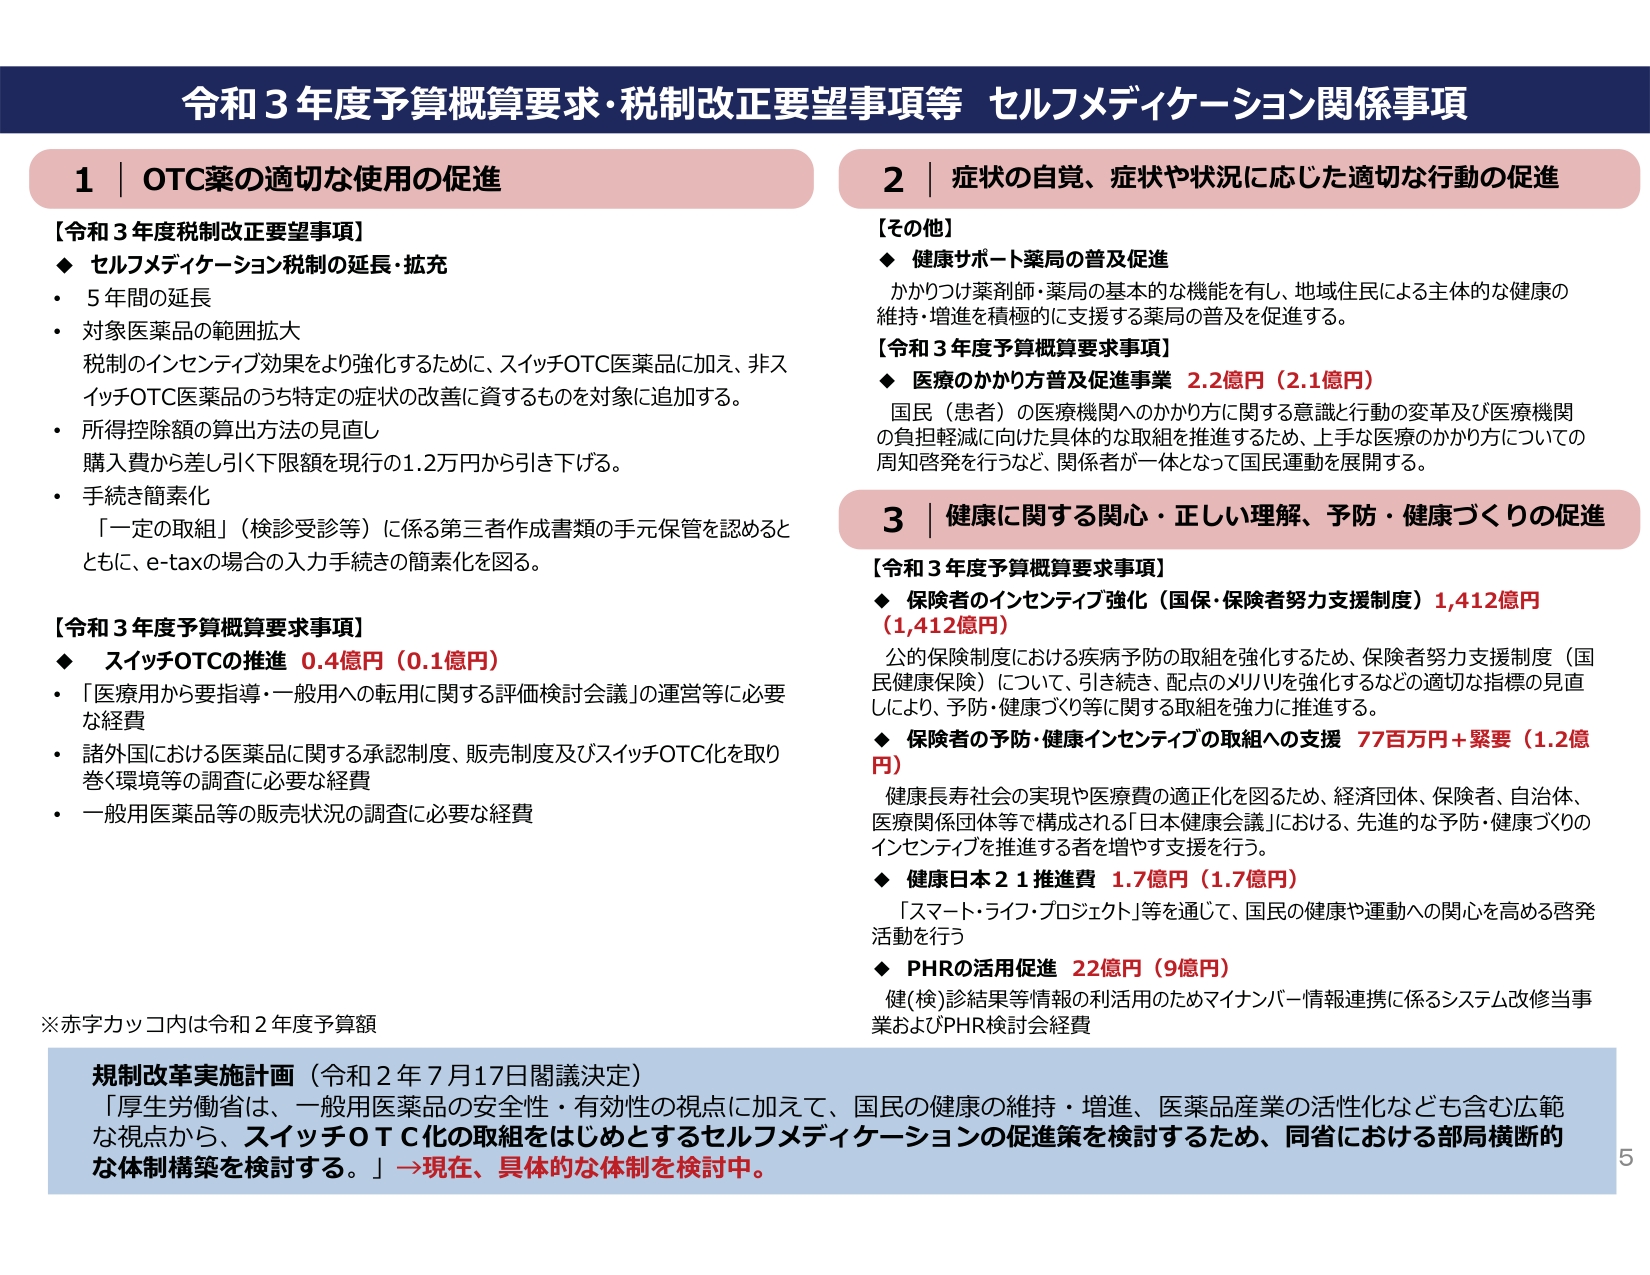
令和３年度予算概算要求・税制改正要望事項等 セルフメディケーション関係事項

1 | OTC薬の適切な使用の促進

【令和３年度税制改正要望事項】
◆ セルフメディケーション税制の延長・拡充
・ 5年間の延長
・ 対象医薬品の範囲拡大
　税制のインセンティブ効果をより強化するために、スイッチOTC医薬品に加え、非スイッチOTC医薬品のうち特定の症状の改善に資するものを対象に追加する。
・ 所得控除額の算出方法の見直し
　購入費から差し引く下限額を現行の1.2万円から引き下げる。
・ 手続き簡素化
　「一定の取組」（検診受診等）に係る第三者作成書類の手元保管を認めるとともに、e-taxの場合の入力手続きの簡素化を図る。

【令和３年度予算概算要求事項】
◆ スイッチOTCの推進 0.4億円（0.1億円）
・ 「医療用から要指導・一般用への転用に関する評価検討会議」の運営等に必要な経費
・ 諸外国における医薬品に関する承認制度、販売制度及びスイッチOTC化を取り巻く環境等の調査に必要な経費
・ 一般用医薬品等の販売状況の調査に必要な経費

2 | 症状の自覚、症状や状況に応じた適切な行動の促進

【その他】
◆ 健康サポート薬局の普及促進
　かかりつけ薬剤師・薬局の基本的な機能を有し、地域住民による主体的な健康の維持・増進を積極的に支援する薬局の普及を促進する。

【令和３年度予算概算要求事項】
◆ 医療のかかり方普及促進事業 2.2億円（2.1億円）
　国民（患者）の医療機関へのかかり方に関する意識と行動の変革及び医療機関の負担軽減に向けた具体的な取組を推進するため、上手な医療のかかり方についての周知啓発を行うなど、関係者が一体となって国民運動を展開する。

3 | 健康に関する関心・正しい理解、予防・健康づくりの促進

【令和３年度予算概算要求事項】
◆ 保険者のインセンティブ強化（国保・保険者努力支援制度）1,412億円（1,412億円）
　公的保険制度における疾病予防の取組を強化するため、保険者努力支援制度（国民健康保険）について、引き続き、配点のメリハリを強化するなどの適切な指標の見直しにより、予防・健康づくり等に関する取組を強力に推進する。
◆ 保険者の予防・健康インセンティブの取組への支援 77百万円＋緊要（1.2億円）
　健康長寿社会の実現や医療費の適正化を図るため、経済団体、保険者、自治体、医療関係団体等で構成される「日本健康会議」における、先進的な予防・健康づくりのインセンティブを推進する者を増やす支援を行う。
◆ 健康日本２１推進費 1.7億円（1.7億円）
　「スマート・ライフ・プロジェクト」等を通じて、国民の健康や運動への関心を高める啓発活動を行う
◆ PHRの活用促進 22億円（9億円）
　健(検)診結果等情報の利活用のためマイナンバー情報連携に係るシステム改修当事業およびPHR検討会経費

※赤字カッコ内は令和２年度予算額

規制改革実施計画（令和２年７月17日閣議決定）
「厚生労働省は、一般用医薬品の安全性・有効性の視点に加えて、国民の健康の維持・増進、医薬品産業の活性化なども含む広範な視点から、スイッチＯＴＣ化の取組をはじめとするセルフメディケーションの促進策を検討するため、同省における部局横断的な体制構築を検討する。」→現在、具体的な体制を検討中。

5